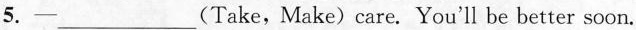
5. -___(Take,Make)care. You'll be better soon.